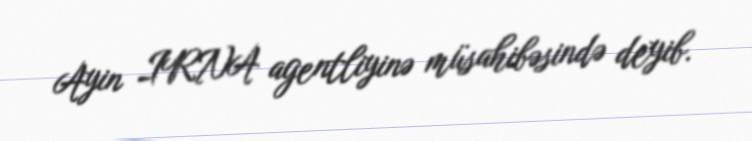
Ayin IRNA agentliyinə müsahibəsində deyib.